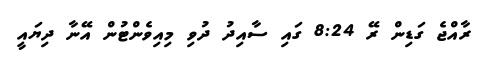
ރާއްޖެ ގަޑިން ރޭ 8:24 ގައި ސާއިދު ދުވި މިއިވެންޓުން އޭނާ ދިޔައީ